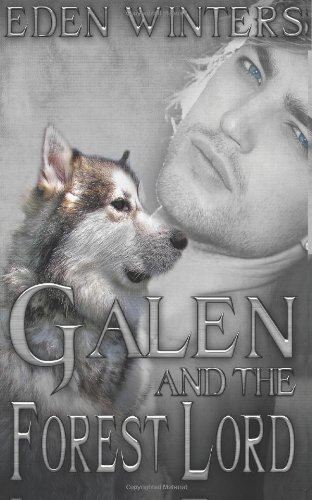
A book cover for Galen and the Forest Lord; Eden Winters; Romance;